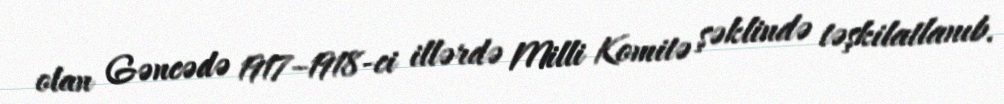
olan Gəncədə 1917–1918-ci illərdə Milli Komitə şəklində təşkilatlanıb.